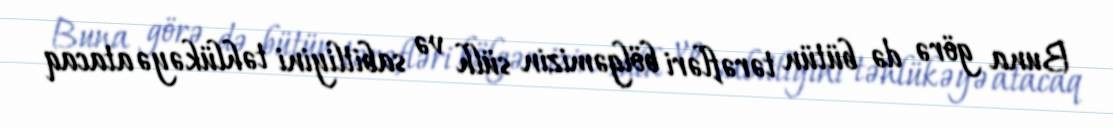
Buna görə də bütün tərəfləri bölgəmizin sülh və sabitliyini təhlükəyə atacaq